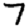
Digit: 7